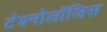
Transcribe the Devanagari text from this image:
टेक्नोलॉजिस